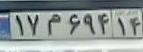
۱۷م۶۹۴۱۴